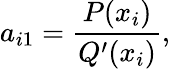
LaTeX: a_{i1}={\frac{P(x_{i})}{Q^{\prime}(x_{i})}},